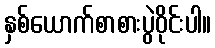
နှစ်ယောက်စာစားပွဲဝိုင်းပါ။